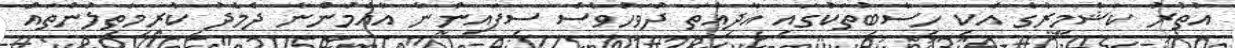
އުތުރު ކަޝްމީރުގެ އެކި ހިސާބުތަކުގައި އާދިއްތަ ދުވަހުވެސް ސިފައިންނާ އާއްމުންނާ ދެމެދު ކުރިމަތިލުންތައް